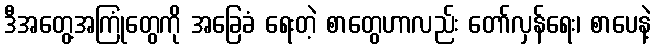
ဒီအတွေ့အကြုံတွေကို အခြေခံ ရေးတဲ့ စာတွေဟာလည်း တော်လှန်ရေး၊ စာပေနဲ့